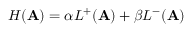
H ( \mathbf { A } ) = \alpha L ^ { + } ( \mathbf { A } ) + \beta L ^ { - } ( \mathbf { A } )